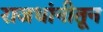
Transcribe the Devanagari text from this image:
राजधांनीतून